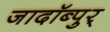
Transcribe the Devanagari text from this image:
जादॉब्पुर्